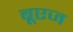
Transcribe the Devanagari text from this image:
बूएज